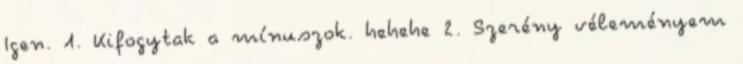
Igen. 1. Kifogytak a mínuszok. hehehe 2. Szerény véleményem